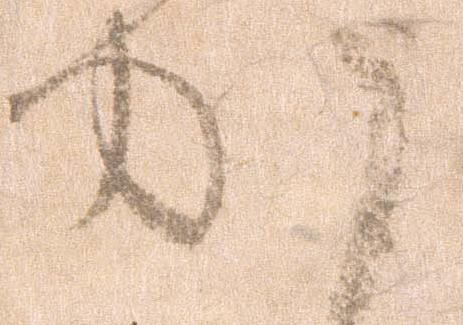
か